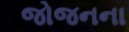
જોજનના